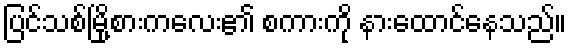
ပြင်သစ်မြို့စားကလေး၏ စကားကို နားထောင်နေသည်။